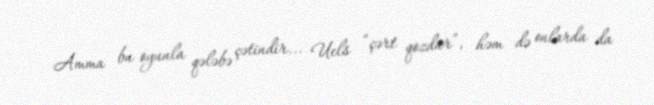
Amma bu oyunla qələbə çətindir... Uels “çərt qozdur”, həm də onlarda da